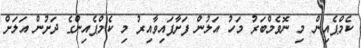
ކެމްޕެއިން މި ނޮވެމްބަރު މަހު އަލުން ފަށާފައިވާއިރު މި ކެމްޕެއިންގެ ދަށުން އަލަށް